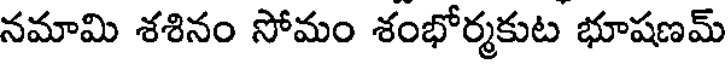
నమామి శశినం సోమం శంభోర్మకుట భూషణమ్